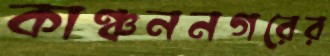
কাঞ্চননগরের